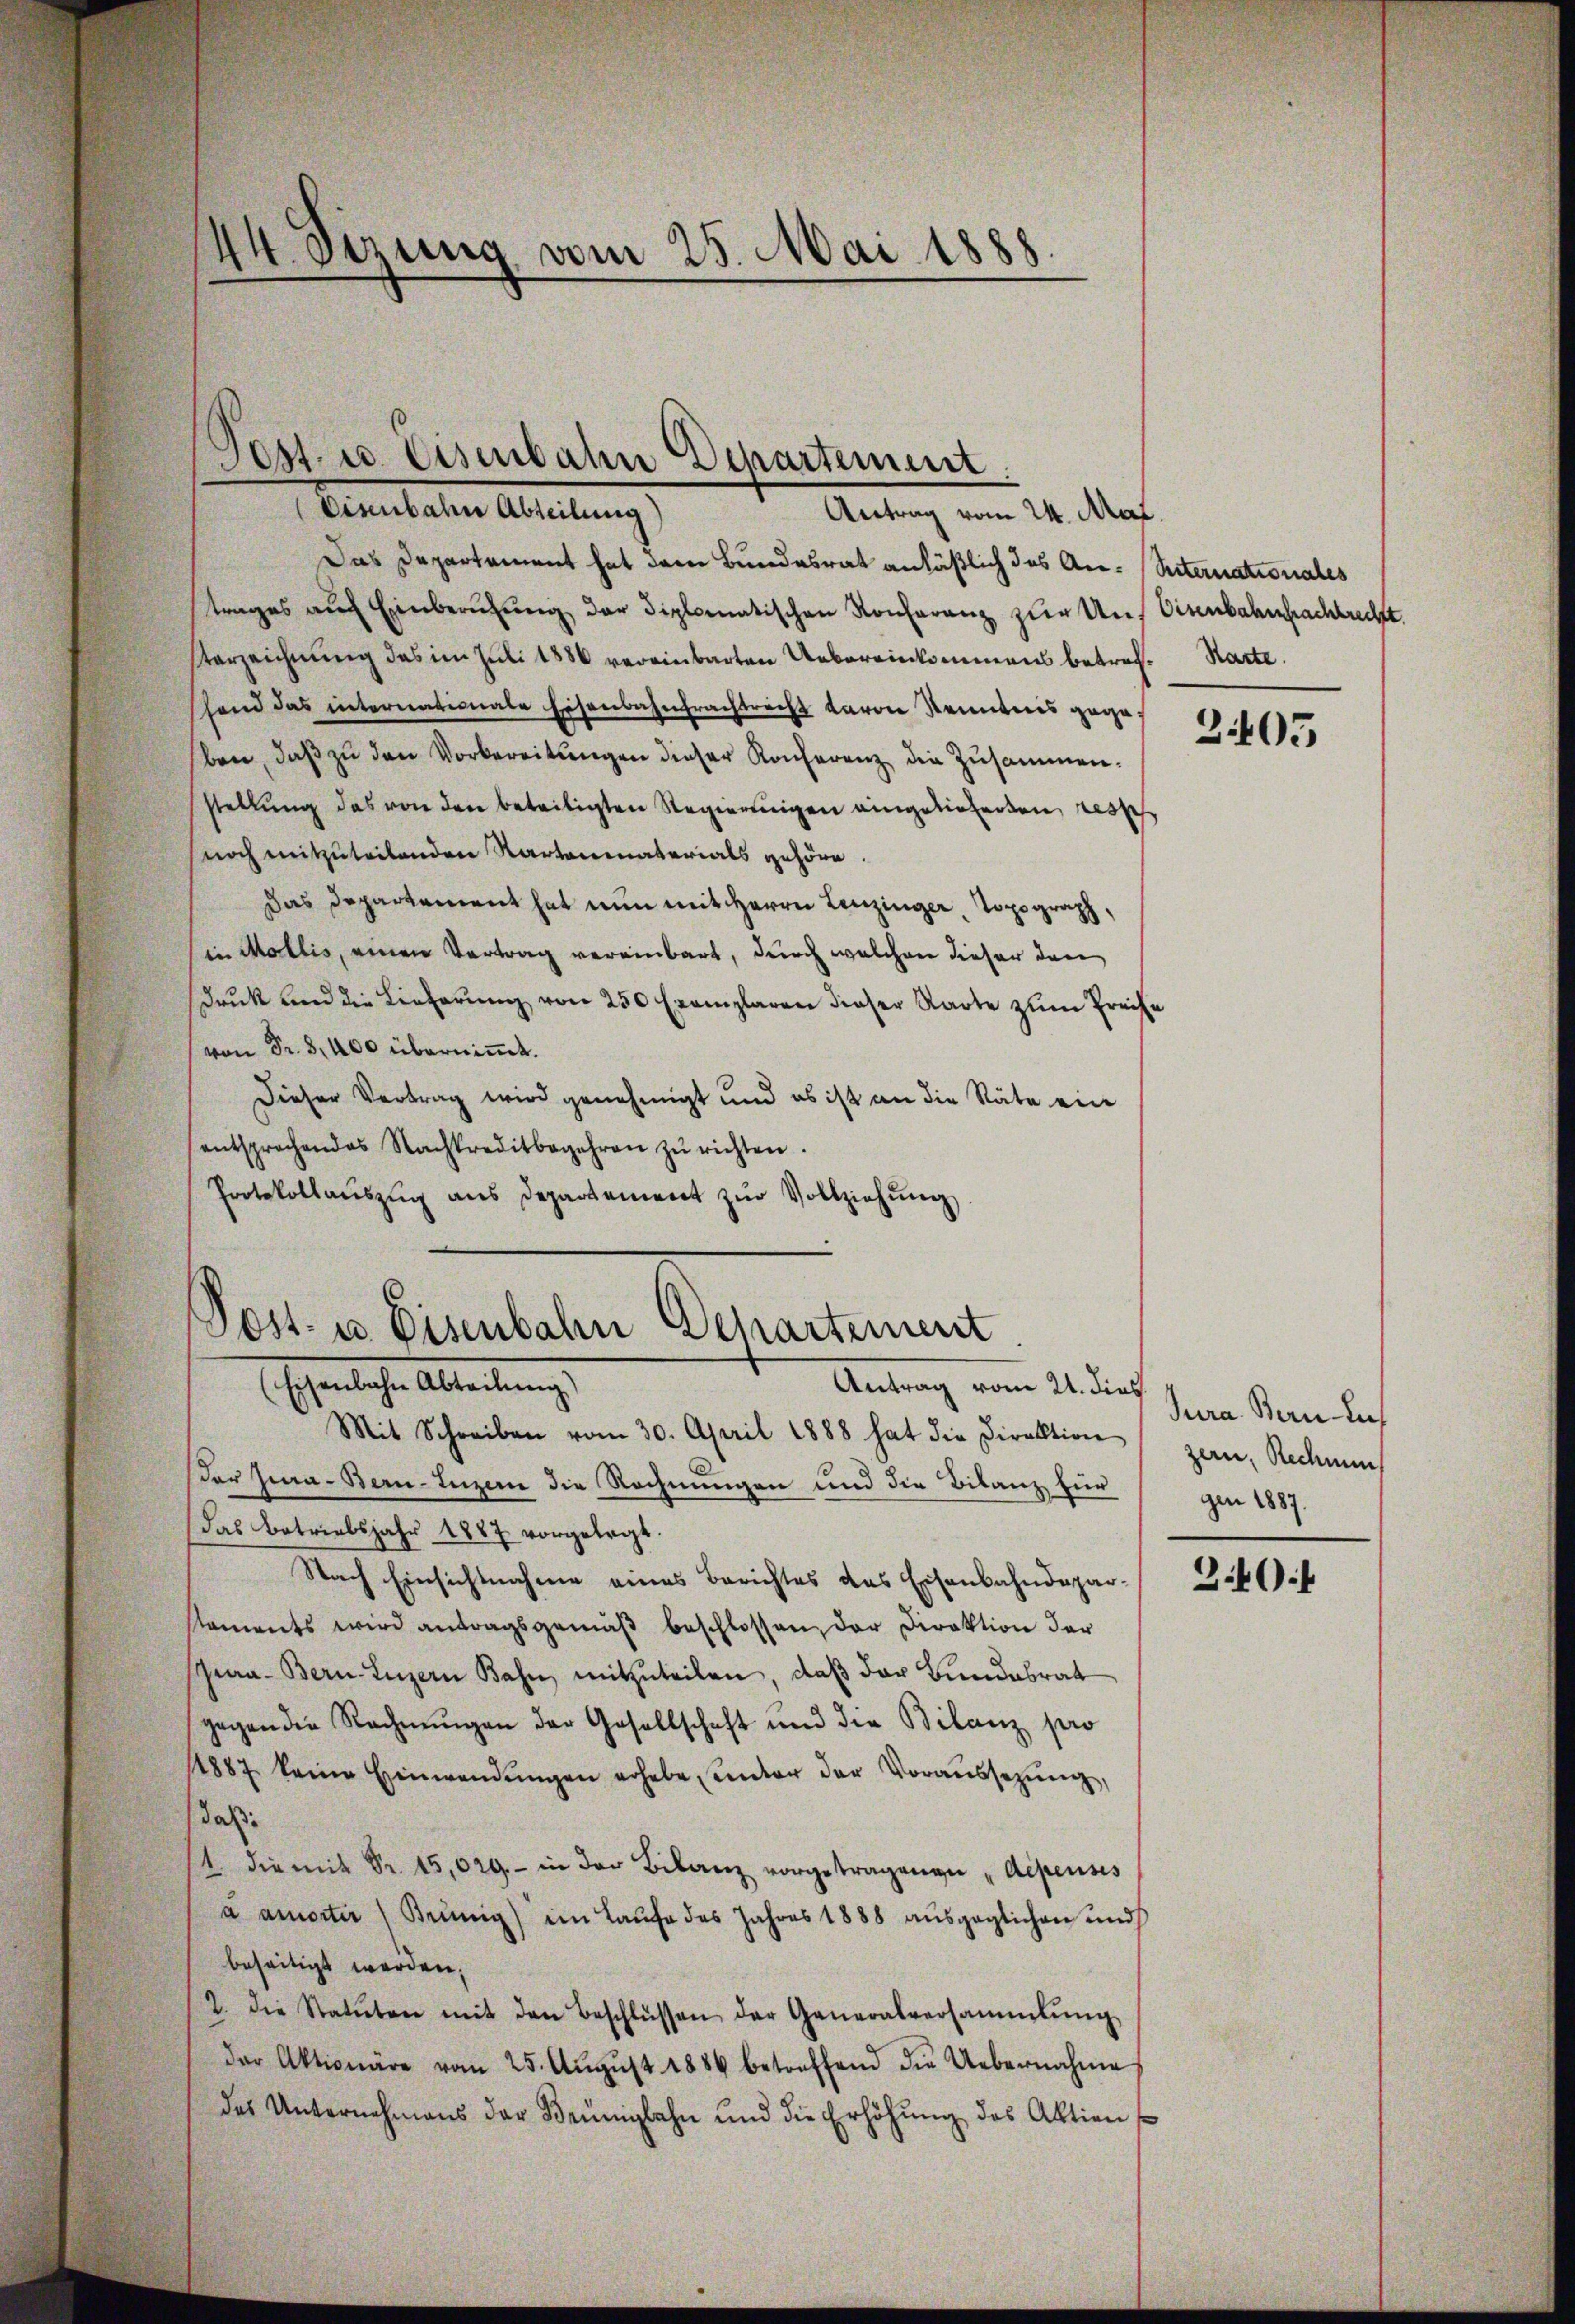
44. Sitzung vom 25. Mai 1888.

Pest. u. Eisenbahn Departement.
Eisenbahn Abteilung)
Antrag vom 24. Mai.

Das Departement hat dem Bundesrat anläßlich des An- Seiternationales
trages auf Einberufung der diplomatischen Konferenz zur Auf Eisenbahnfachtrecht.
Verzeichnung das im Juli 1886 vereinbarten Uebereinkommens betrof. Karte
shand das internationale Eisenbahnfrachtrecht davon Kenntnis gegeben, daβ zŭ den Vorbereitungen dieser Konferenz die Zusammenstellung des von den beteiligten Regierungen eingeliehenden, ressch
noch mitzuteilenden Kantonenaterials gehöre.
Das Departement hat nun mit Herrn Leuzinger, Topograph,
in Mollis, einen Vertrag vereinbart, durch welchen dieser den
Druk und die Lieferung von 250 Exemplaren dieser Radte zum Preise
von Fr. 8,400 überniṁt.
Dieser Vertrag wird genehmigt und es ist an die Räte ein
entsprochendes Nachkreditbegehren zŭ richten.
Protokollaŭszŭg ans Departement zŭr Vollziehŭng

Post- u. Eisenbahn Departement

Eheliche Abteilung
Antrag vom 21. dief
Mit Schreiben vom 30. April 1888 hat die Direktion gern, Rechnung
Der Jwa- Bern, Luzere die Rechnungen und die Bilanz für
das Betriebsjahr 1887 vorgelegt.
Nach Einsichtnahme eines Berichtes das Eisenbahndepar-
staments wird antragsgemäβ beschlossen, der Direktion der
Spra- Bern. Luzern Bahn mitzuteilen, daß der Bundesrat
gegen die Rechnŭngen der Gesellschaft und die Bilanz pro
1887 keine Einwendŭngen erhebe, unter der Voraŭssezŭng,
daß:
   vorgetragenen Alpenses
a amorter Bennig) im Laufe des Jahres 1888 aŭsgeglichen und
beseitigt werden,
2. die Statuten mit den Beschlüssen der Generalversammlung
der Aktionäre vom 25. Aŭgŭst 1886 betreffend die Uebernahme
des Unternehmens der Brünigbahn und die Erhöhŭng des Aktien s

2405

Jura. Bern auch
gen 1887.

3.40 f